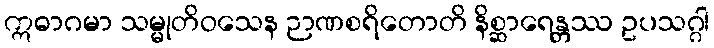
ဣဓာဂမာ သမ္မုတိဝသေန ဉာဏစရိတောတိ နိစ္ဆာရေန္တဿ ဥပသဂ္ဂါ